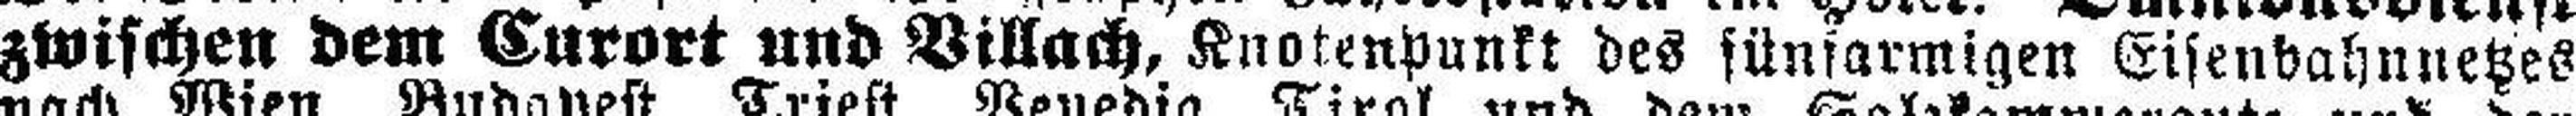
zwischen dem Curort und Villach, Knotenpunkt des fünfarmigen Eisenbahnnetzes